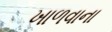
ખાળવાના